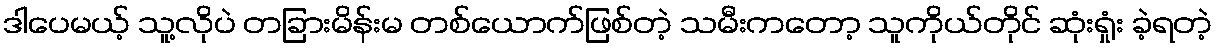
ဒါပေမယ့် သူ့လိုပဲ တခြားမိန်းမ တစ်ယောက်ဖြစ်တဲ့ သမီးကတော့ သူကိုယ်တိုင် ဆုံးရှုံး ခဲ့ရတဲ့